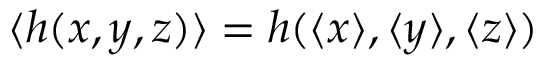
\langle h ( x , y , z ) \rangle = h ( \langle x \rangle , \langle y \rangle , \langle z \rangle )